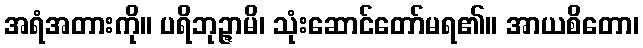
အရံအတားကို။ ပရိဘုဉ္ဇာမိ၊ သုံးဆောင်တော်မရ၏။ အာယစိတော၊